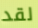
لقد